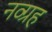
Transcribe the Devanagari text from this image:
नव्ग्रह